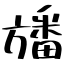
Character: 旙